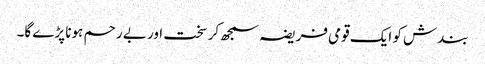
بندش کو ایک قومی فریضہ سمجھ کر سخت اور بے رحم ہونا پڑے گا۔